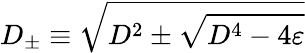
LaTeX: D_{\pm}\equiv\sqrt{D^{2}\pm\sqrt{D^{4}-4\varepsilon}}